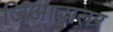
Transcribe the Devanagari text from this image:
जिआदातर